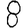
Digit: 8